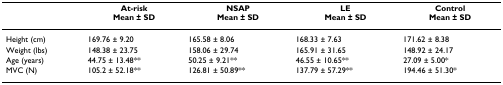
<table><thead><tr><td></td><td><b>At-riskMean ± SD</b></td><td><b>NSAPMean ± SD</b></td><td><b>LEMean ± SD</b></td><td><b>ControlMean ± SD</b></td></tr></thead><tbody><tr><td>Height (cm)</td><td>169.76 ± 9.20</td><td>165.58 ± 8.06</td><td>168.33 ± 7.63</td><td>171.62 ± 8.38</td></tr><tr><td>Weight (lbs)</td><td>148.38 ± 23.75</td><td>158.06 ± 29.74</td><td>165.91 ± 31.65</td><td>148.92 ± 24.17</td></tr><tr><td>Age (years)</td><td>44.75 ± 13.48**</td><td>50.25 ± 9.21**</td><td>46.55 ± 10.65**</td><td>27.09 ± 5.00*</td></tr><tr><td>MVC (N)</td><td>105.2 ± 52.18**</td><td>126.81 ± 50.89**</td><td>137.79 ± 57.29**</td><td>194.46 ± 51.30*</td></tr></tbody></table>